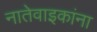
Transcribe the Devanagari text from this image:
नातेवाइकांना